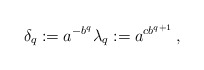
\begin{align*}\delta_q := a^{-b^q}\lambda_q:= a^{cb^{q+1}}\, ,\end{align*}